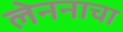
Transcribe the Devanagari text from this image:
लेननाचा